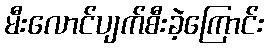
မီးလောင်ပျက်စီးခဲ့ကြောင်း